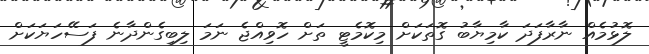
ލޮޅުމެއް ނާރާފަދަ ކާމިޔާބު ގޮތަކަށް މިކޮމެޓީ ތަށް ހޮވިއްޖެ ނަމަ ލިބިގެންދާނެ ފަސޭހަޔަކަށް